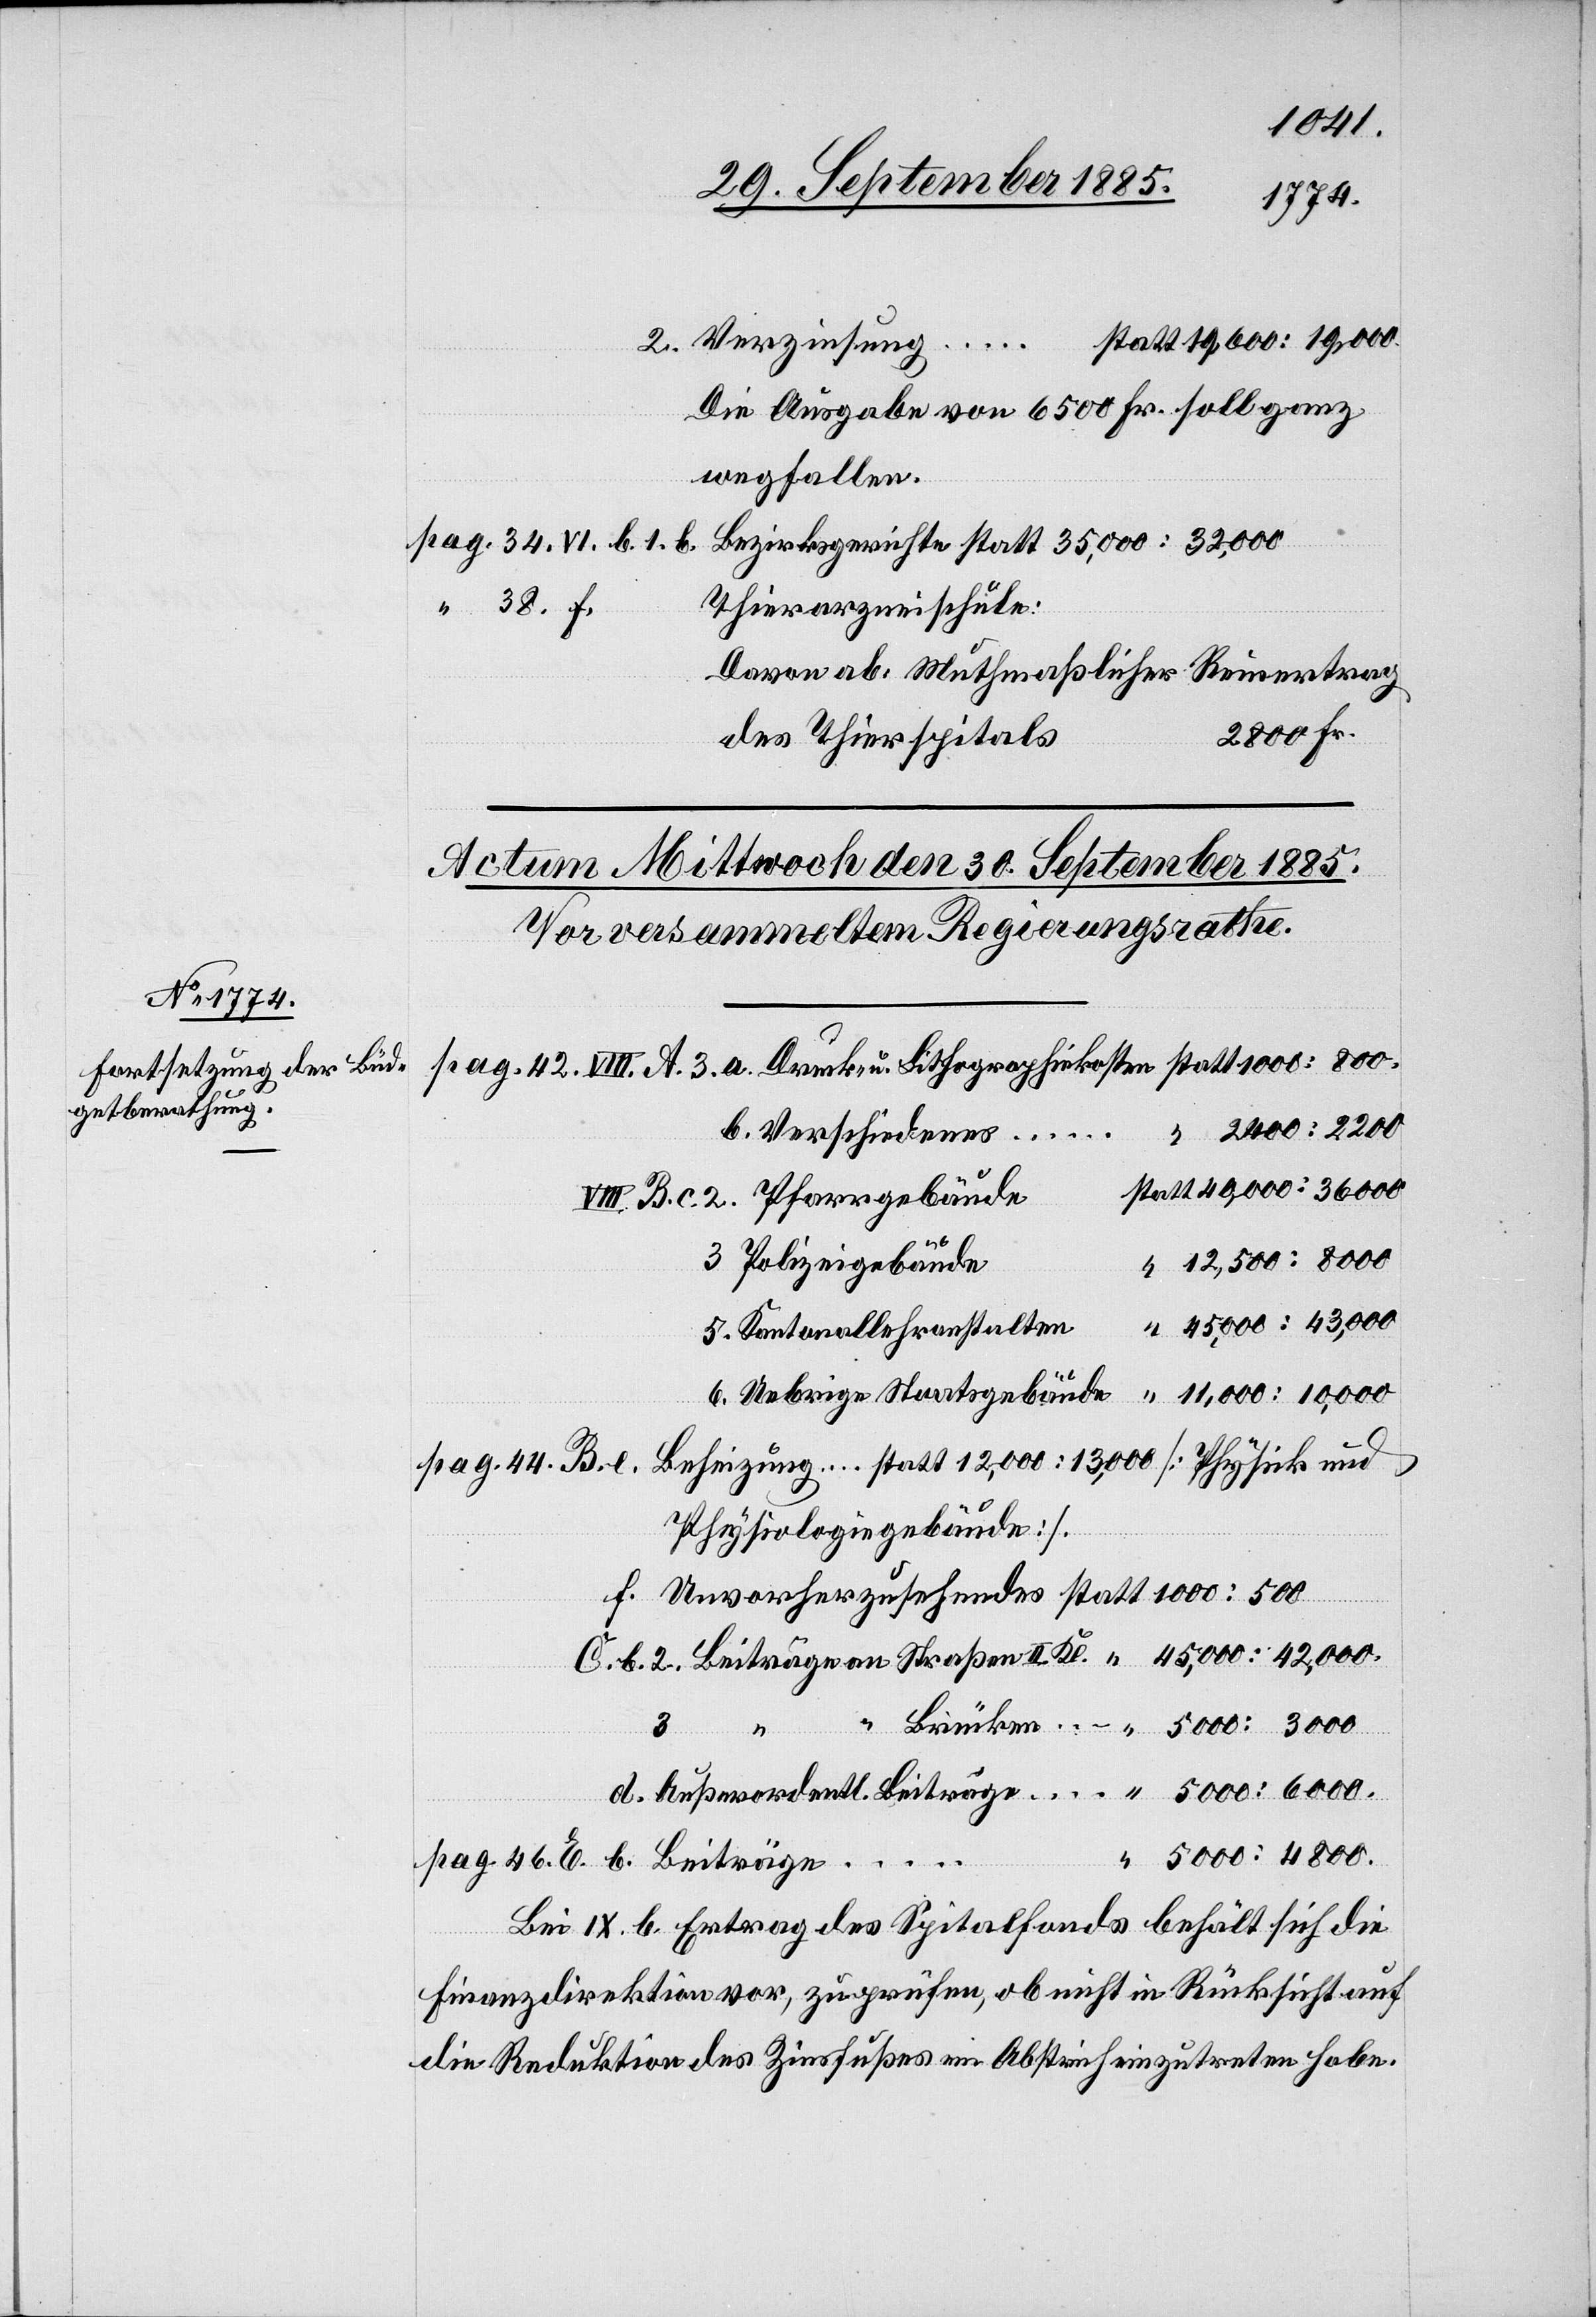
Die Ausgabe von 6500 Fr. soll ganz
wegfallen.
Thierarzneischule.
Davon ab, Muthmaßlicher Reinertrag
2800 Fr.
des Thierspitals
Verschiedenes …
12,500:8000.
Polizeigebäude
45,000:42,000.
Kantonallehranstalten
Uebrige Staatsgebäude
11,000:10,000.
Physiologiegebäude].
“
d.
Bei IX. b. Ertrag des Spitalfonds behält sich die
Finanzdirektion vor, zu prüfen, ob nicht in Rücksicht auf
die Reduktion des Zinsfußes ein Abgleich einzutreten habe.